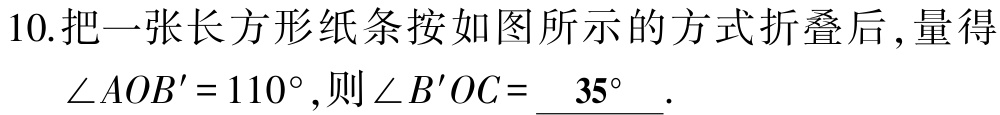
10.把一张长方形纸条按如图所示的方式折叠后 ,量得

$\angle AOB' = 110^{\circ}$,则$\angle B'OC=$___$35^{\circ}$___.